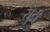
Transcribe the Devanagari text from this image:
सुडी